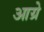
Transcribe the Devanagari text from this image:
आय्रे